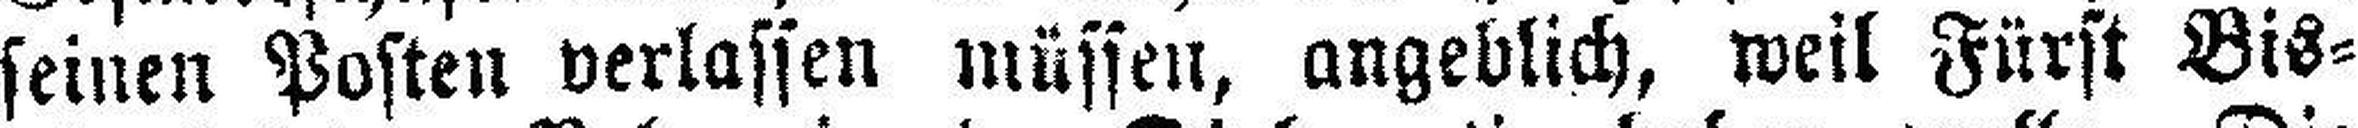
seinen Posten verlassen müssen, angeblich, weil Fürst Bis¬